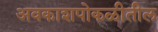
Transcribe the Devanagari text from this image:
अवकाशपोकळीतील